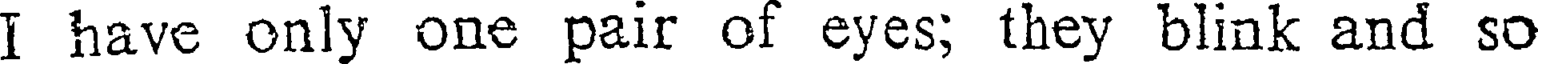
I have only one pair of eyes; they blink and so